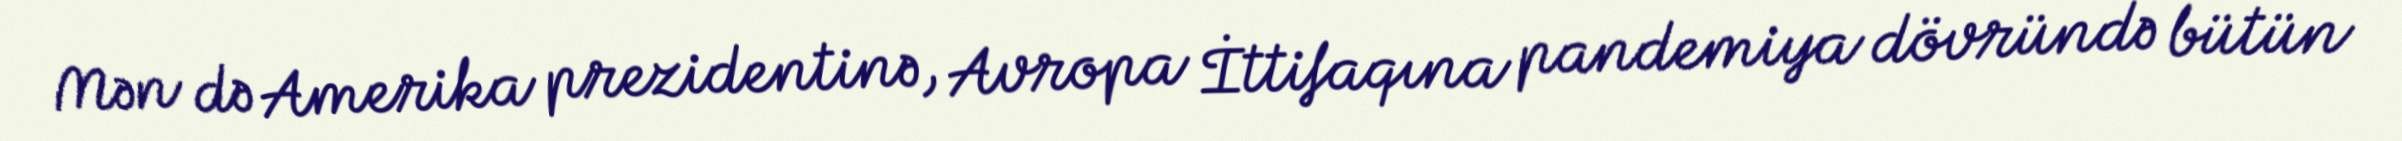
Mən də Amerika prezidentinə, Avropa İttifaqına pandemiya dövründə bütün